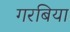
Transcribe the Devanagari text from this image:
गरबिया